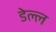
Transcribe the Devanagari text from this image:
डेल्ल